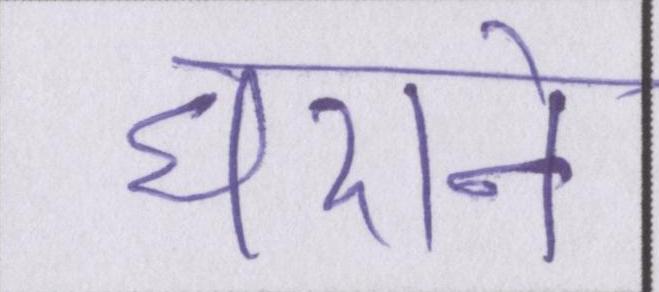
घराने